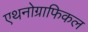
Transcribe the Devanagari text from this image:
एथनोग्राफिकल